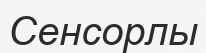
Сенсорлы